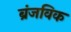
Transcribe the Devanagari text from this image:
ब्रंजविक